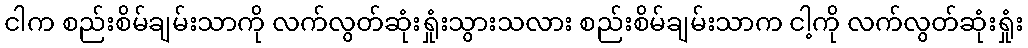
ငါက စည်းစိမ်ချမ်းသာကို လက်လွတ်ဆုံးရှုံးသွားသလား စည်းစိမ်ချမ်းသာက ငါ့ကို လက်လွတ်ဆုံးရှုံး